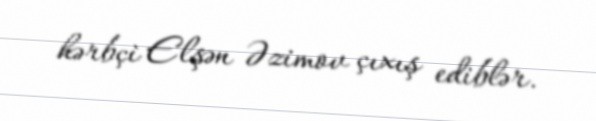
hərbçi Elşən Əzimov çıxış ediblər.